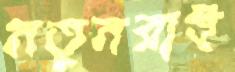
নতুনরাই